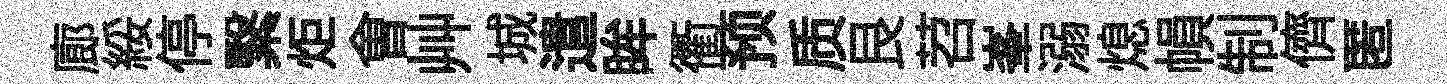
廊綏停繄炬㑹艸城遣眸衢预质艮苕峯溺熄𢄙制儕匿